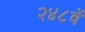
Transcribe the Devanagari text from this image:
२४८वें